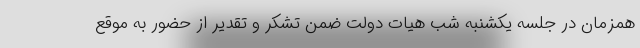
همزمان در جلسه یکشنبه شب هیات دولت ضمن تشکر و تقدیر از حضور به موقع